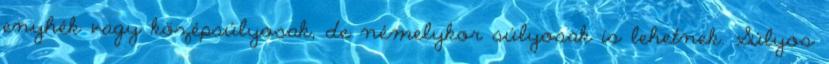
enyhék vagy középsúlyosak, de némelykor súlyosak is lehetnek. Súlyos